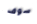
سوف